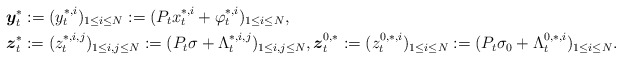
\begin{align*}\left.\begin{aligned}& \boldsymbol{y}_t^{*}:=(y_t^{*,i})_{1\leq i\leq N}:=(P_t x_t^{*,i}+\varphi_t^{*,i})_{1\leq i\leq N},\\&\boldsymbol{z}_t^{*}:=(z_t^{*,i,j})_{1\leq i,j\leq N}:=(P_t\sigma+\Lambda_t^{*,i,j})_{1\leq i,j\leq N},\boldsymbol{z}_t^{0,*}:=(z_t^{0,*,i})_{1\leq i\leq N}:=(P_t\sigma_0+\Lambda_t^{0,*,i})_{1\leq i\leq N}.\end{aligned}\right. \end{align*}